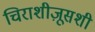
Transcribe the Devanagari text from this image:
चिराशीज़ूसशी